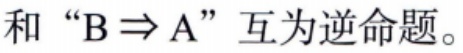
$“A\Rightarrow B”$